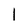
Character: l